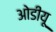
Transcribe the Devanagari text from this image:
ओडीयू